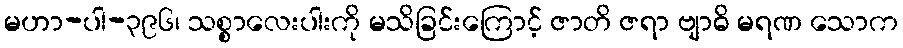
မဟာ-ပါ-၃၉၆၊ သစ္စာလေးပါးကို မသိခြင်းကြောင့် ဇာတိ ဇရာ ဗျာဓိ မရဏ သောက